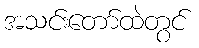
အသင်းတော်ထဲတွင်